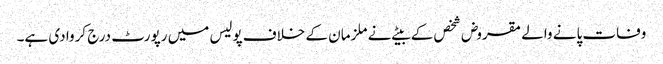
وفات پانے والے مقروض شخص کے بیٹے نے ملزمان کے خلاف پولیس میں رپورٹ درج کروا دی ہے۔